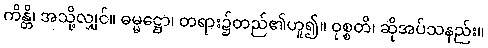
ကိန္တိ၊ အသို့လျှင်။ ဓမ္မဋ္ဌော၊ တရား၌တည်၏ဟူ၍။ ဝုစ္စတိ၊ ဆိုအပ်သနည်း။